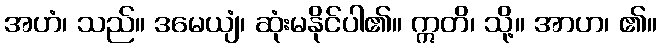
အဟံ၊ သည်။ ဒမေယျံ၊ ဆုံးမနိုင်ပါ၏။ ဣတိ၊ သို့။ အာဟ၊ ၏။